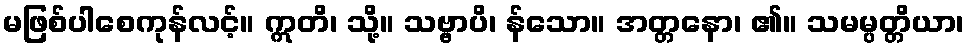
မဖြစ်ပါစေကုန်လင့်။ ဣတိ၊ သို့။ သဗ္ဗာပိ၊ န်သော။ အတ္တနော၊ ၏။ သမမ္ပတ္တိယာ၊